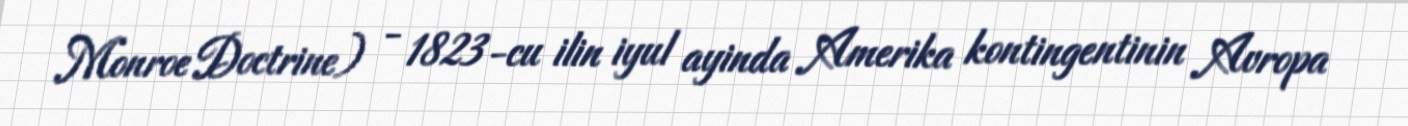
Monroe Doctrine) - 1823-cu ilin iyul ayinda Amerika kontingentinin Avropa